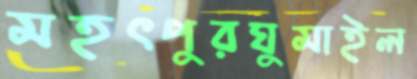
মহৎপুরঘুমাইল